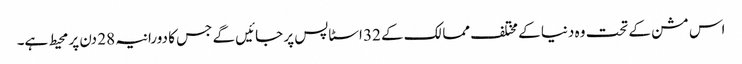
اس مشن کے تحت وہ دنیا کے مختلف ممالک کے 32 اسٹاپس پر جائیں گے جس کا دورانیہ 28 دن پر محیط ہے۔